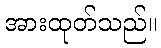
အားထုတ်သည်။